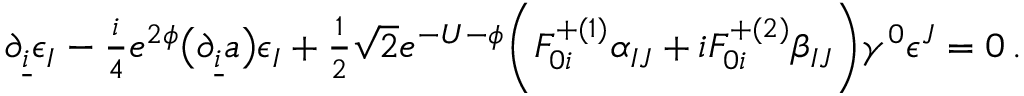
\partial _ { \underline { { i } } } \epsilon _ { I } - { \textstyle \frac { i } { 4 } } e ^ { 2 \phi } \bigl ( \partial _ { \underline { { i } } } a \bigr ) \epsilon _ { I } + { \textstyle \frac { 1 } { 2 } } \sqrt 2 e ^ { - U - \phi } \biggl ( F _ { 0 i } ^ { + ( 1 ) } \alpha _ { I J } + i F _ { 0 i } ^ { + ( 2 ) } \beta _ { I J } \biggr ) \gamma ^ { 0 } \epsilon ^ { J } = 0 \, .